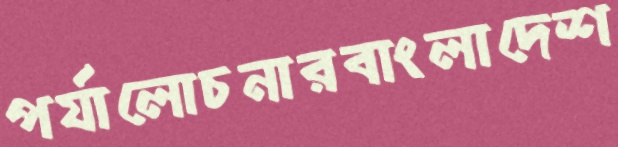
পর্যালোচনারবাংলাদেশ